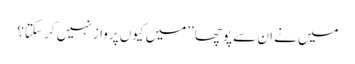
میں نے ان سے پوچھا ’’میں کیوں پرواز نہیں کر سکتا؟